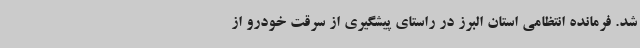
شد. فرمانده انتظامی استان البرز در راستای پیشگیری از سرقت خودرو از